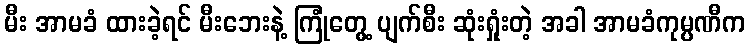
မီး အာမခံ ထားခဲ့ရင် မီးဘေးနဲ့ ကြုံတွေ့ ပျက်စီး ဆုံးရှုံးတဲ့ အခါ အာမခံကုမ္ပဏီက